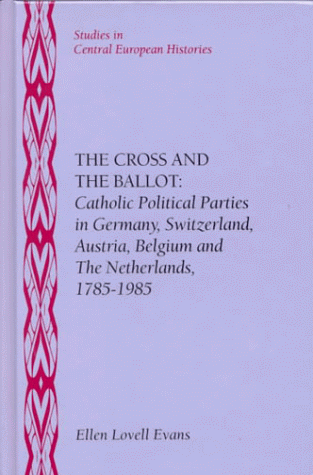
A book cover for The Cross and the Ballot: Catholic Political Parties in Germany, Switzerland, Austria, Belgium and the Netherlands, 1785-1985 (Studies in Central European Histories); Ellen Lovell Evans; History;